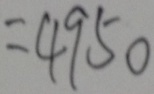
= 4 9 5 0